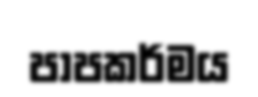
පාපකර්මය